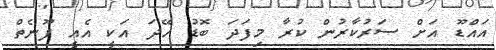
އައްްޑޫ އަށް ސަރުކާރުން ކުރާ މިފަދަ ބޮޑު ހޭދަ އަކީ އެއީ ފޫނެތް